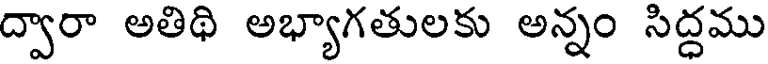
ద్వారా అతిథి అభ్యాగతులకు అన్నం సిద్ధము